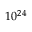
1 0 ^ { 2 4 }